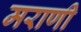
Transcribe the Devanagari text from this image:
मराणी